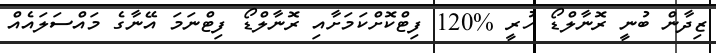
ޒިދާން ބުނީ ރޮނާލްޑޯ ހުރީ %120 ފިޓްކޮށްކަމަށާއި ރޮނާލްޑޯ ފިޓްނަމަ އޭނާގެ މައްސަލައެއް